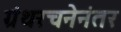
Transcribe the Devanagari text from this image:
ग्रंथरचनेनंतर